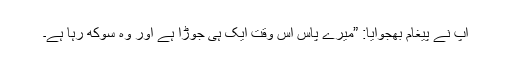
آپ نے پیغام بھجوایا: ”میرے پاس اس وقت ایک ہی جوڑا ہے اور وہ سوکھ رہا ہے۔